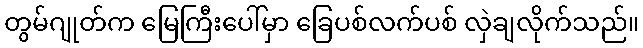
တွမ်ဂျုတ်က မြေကြီးပေါ်မှာ ခြေပစ်လက်ပစ် လှဲချလိုက်သည်။